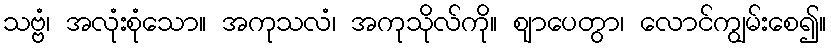
သဗ္ဗံ၊ အလုံးစုံသော။ အကုသလံ၊ အကုသိုလ်ကို။ ဈာပေတွာ၊ လောင်ကျွမ်းစေ၍။